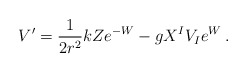
\begin{align*}V' = \frac{1}{2r^2} kZ e^{-W} - g X^I V_I e^W\,. \end{align*}